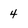
Character: 4